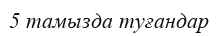
5 тамызда туғандар